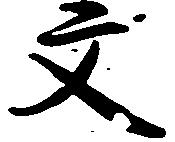
文